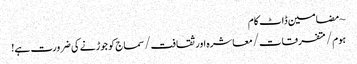
~ مضامین ڈاٹ کام
ہوم/متفرقات/معاشرہ اور ثقافت/سماج کو جوڑنے کی ضرورت ہے!